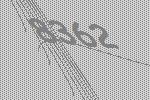
8362